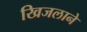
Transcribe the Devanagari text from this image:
खिजलाने